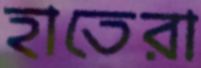
হাতেরা